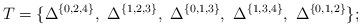
LaTeX: \begin{align*} T\overset{}{=}\{\Delta^{\{0,2,4\}}, \ \Delta^{\{ 1,2,3\}}, \ \Delta^{\{0,1,3\}}, \ \Delta^{\{1,3,4\}}, \ \Delta^{\{0,1,2\}}\}; \end{align*}